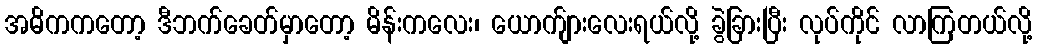
အဓိကကတော့ ဒီဘက်ခေတ်မှာတော့ မိန်းကလေး၊ ယောက်ျားလေးရယ်လို့ ခွဲခြားပြီး လုပ်ကိုင် လာကြတယ်လို့